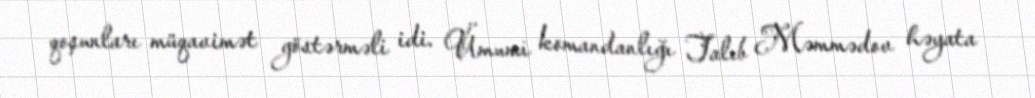
qoşunları müqavimət göstərməli idi. Ümumi komandanlığı Talıb Məmmədov həyata